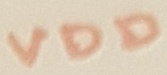
Text: VDD